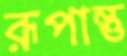
রূপান্তু